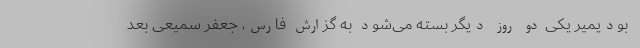
بودیمیر یکی دو روز دیگر بسته می‌شود به گزارش فارس، جعفر سمیعی بعد